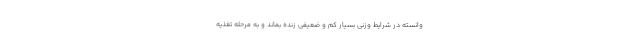
وانسته در شرایط وزنی بسیار کم و ضعیفی زنده بماند و به مرحله‌ تغذیه